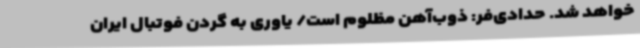
خواهد شد. حدادی‌فر: ذوب‌آهن مظلوم است/ یاوری به گردن فوتبال ایران